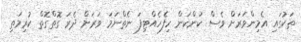
ތަކުގައި އެމިންވަރަށް ވެސް ކަންކަން ހިފެހެއްޓިފަ ނެތްނަމަ ވަރަށް ދެރަ ގޮތްގޮތް ކުރިމަތި